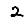
Digit: 2